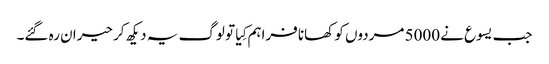
‏ جب یسوع نے 5000 مردوں کو کھانا فراہم کِیا تو لوگ یہ دیکھ کر حیران رہ گئے۔